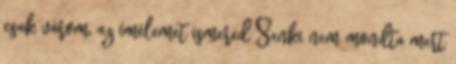
csak várom, az ímélemet ismered Senki nem mondta mert